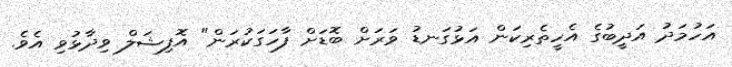
އަހުމަދު އަދީބުގެ އެހީތެރިކަން އަޅުގަނޑު ވަރަށް ބޮޑަށް ފާހަގަކުރަން" އޮފިޝަލް ވިދާޅުވި އެވެ.